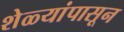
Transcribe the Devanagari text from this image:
शेळ्यांपासून